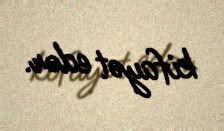
kifayət edər.